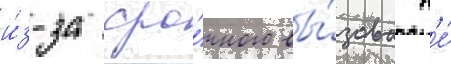
и́з-за сро́чного вы́зова н'е́